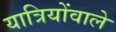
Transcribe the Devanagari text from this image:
यात्रियोंवाले